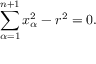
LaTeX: \sum _ { \alpha = 1 } ^ { n + 1 } x _ { \alpha } ^ { 2 } - r ^ { 2 } = 0 .